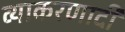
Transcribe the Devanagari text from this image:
व्याकरणादी